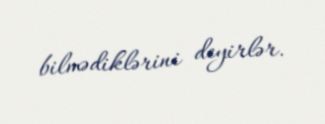
bilmədiklərini deyirlər.